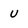
Character: u